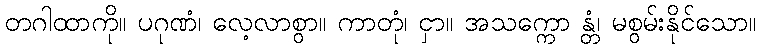
တဂါထာကို။ ပဂုဏံ၊ လေ့လာစွာ။ ကာတုံ၊ ငှာ။ အသက္ကော န္တံ၊ မစွမ်းနိုင်သော။